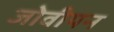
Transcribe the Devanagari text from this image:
जोवीयन